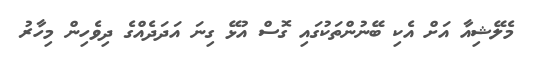
މެލޭޝިއާ އަށް އެކި ބޭނުންތަކުގައި ގޮސް އުޅޭ ގިނަ އަދަދެއްގެ ދިވެހިން މިހާރު